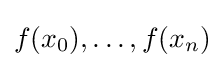
f(x_{0}),\dots ,f(x_{n})